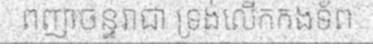
ពញាចន្ទរាជា ទ្រង់លើកកងទ័ព